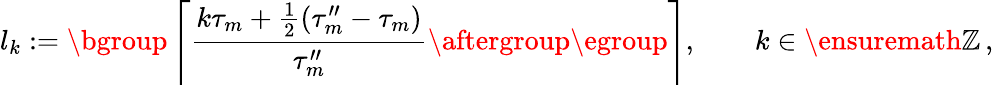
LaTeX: l_{k}:=\mathopen{}\mathclose\bgroup\left\lceil\frac{k\tau_{m}+\frac 12(\tau_{m}^{\prime\prime}-\tau_{m})}{\tau_{m}^{\prime\prime}}\aftergroup\egroup\right\rceil,\qquad k\in\ensuremath{\mathbb{Z}}\, ,